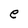
Character: e